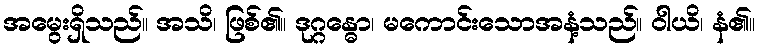
အမွေးရှိသည်။ အသိ၊ ဖြစ်၏။ ဒုဂ္ဂန္ဓော၊ မကောင်းသောအနံ့သည်။ ဝါယိ၊ နံ၏။